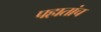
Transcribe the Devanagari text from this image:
पहातांच